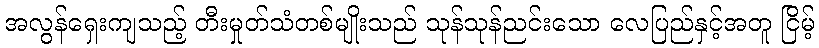
အလွန်ရှေးကျသည့် တီးမှုတ်သံတစ်မျိုးသည် သုန်သုန်ညင်းသော လေပြည်နှင့်အတူ ငြိမ့်